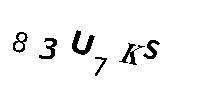
83U7KS